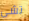
تشى